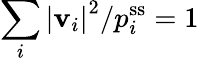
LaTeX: \sum_{i}\left|\mathbf{v}_{i}\right|^{2}/p_{i}^{\mathrm{{ss}}}=1